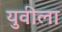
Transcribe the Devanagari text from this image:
युवीला